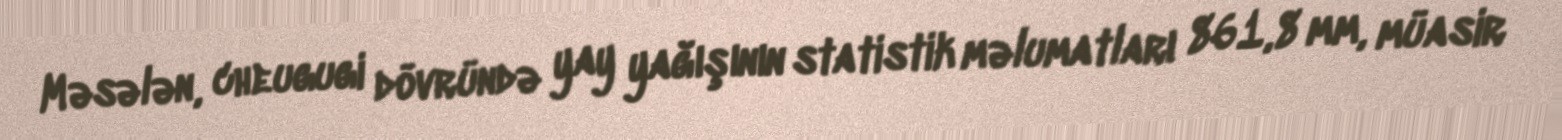
Məsələn, cheugugi dövründə yay yağışının statistik məlumatları 861,8 mm, müasir